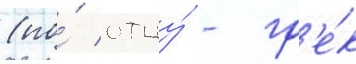
(по́ отцу́ - гр'е́к